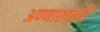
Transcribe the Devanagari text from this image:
अण्णाशास्त्री